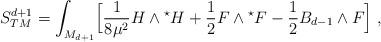
LaTeX: \begin{align*}S_{TM}^{d+1}=\int_{M_{d+1}}\Bigl[{1 \over 8\mu^2}H\wedge{}^{\star}H+{1 \over 2}F \wedge{}^{\star}F-{1 \over 2}B_{d-1} \wedge F \Bigl]\;,\end{align*}